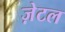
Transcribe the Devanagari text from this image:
ज़ेटल